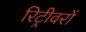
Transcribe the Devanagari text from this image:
रिट्रीवरों